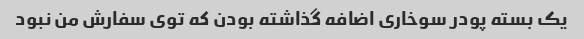
یک بسته پودر سوخاری اضافه گذاشته بودن که توی سفارش من نبود